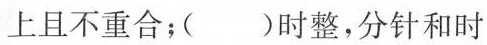
上且不重合；（）时整，分针和时